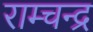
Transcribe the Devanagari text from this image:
राम्चन्द्र